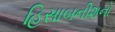
હિસાબનીશનો